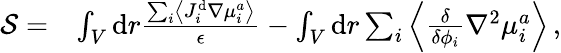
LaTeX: \begin{array}{rl}{\mathcal{S}=}&{\int_{V}\mathrm{d}r\frac{\sum_{i}\left\langle J_{i}^{\mathrm{d}}\nabla{\mu}_{i}^{a}\right\rangle}{\epsilon}-\int_{V}\mathrm{d}r\sum_{i}\left\langle\frac{\delta}{\delta{\phi_{i}}}\nabla^{2}\mu_{i}^{a}\right\rangle\, ,}\end{array}